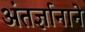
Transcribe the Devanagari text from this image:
अंतर्ज्ञानाने